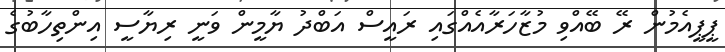
ޕީޕީއެމުން ރޭ ބޭއްވި މުޒާހަރާއެއްގައި ރައީސް އަބްދު ޔާމީން ވަނީ ރިޔާސީ އިންތިހާބުގެ